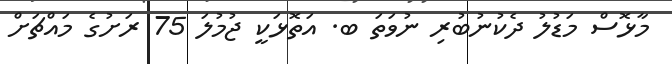
މާޅޮސް މަޑުލު ދެކުނުބުރި ނުވަތަ ބ. އަތޮޅަކީ ޖުމުލަ 75 ރަށުގެ މައްޗަށް